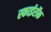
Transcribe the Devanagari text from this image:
स्काईरॉक